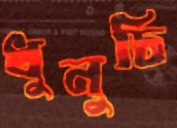
ধুনুচি